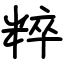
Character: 粹